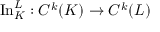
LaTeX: \operatorname { I n } _ { K } ^ { L } : C ^ { k } ( K ) \to C ^ { k } ( L )